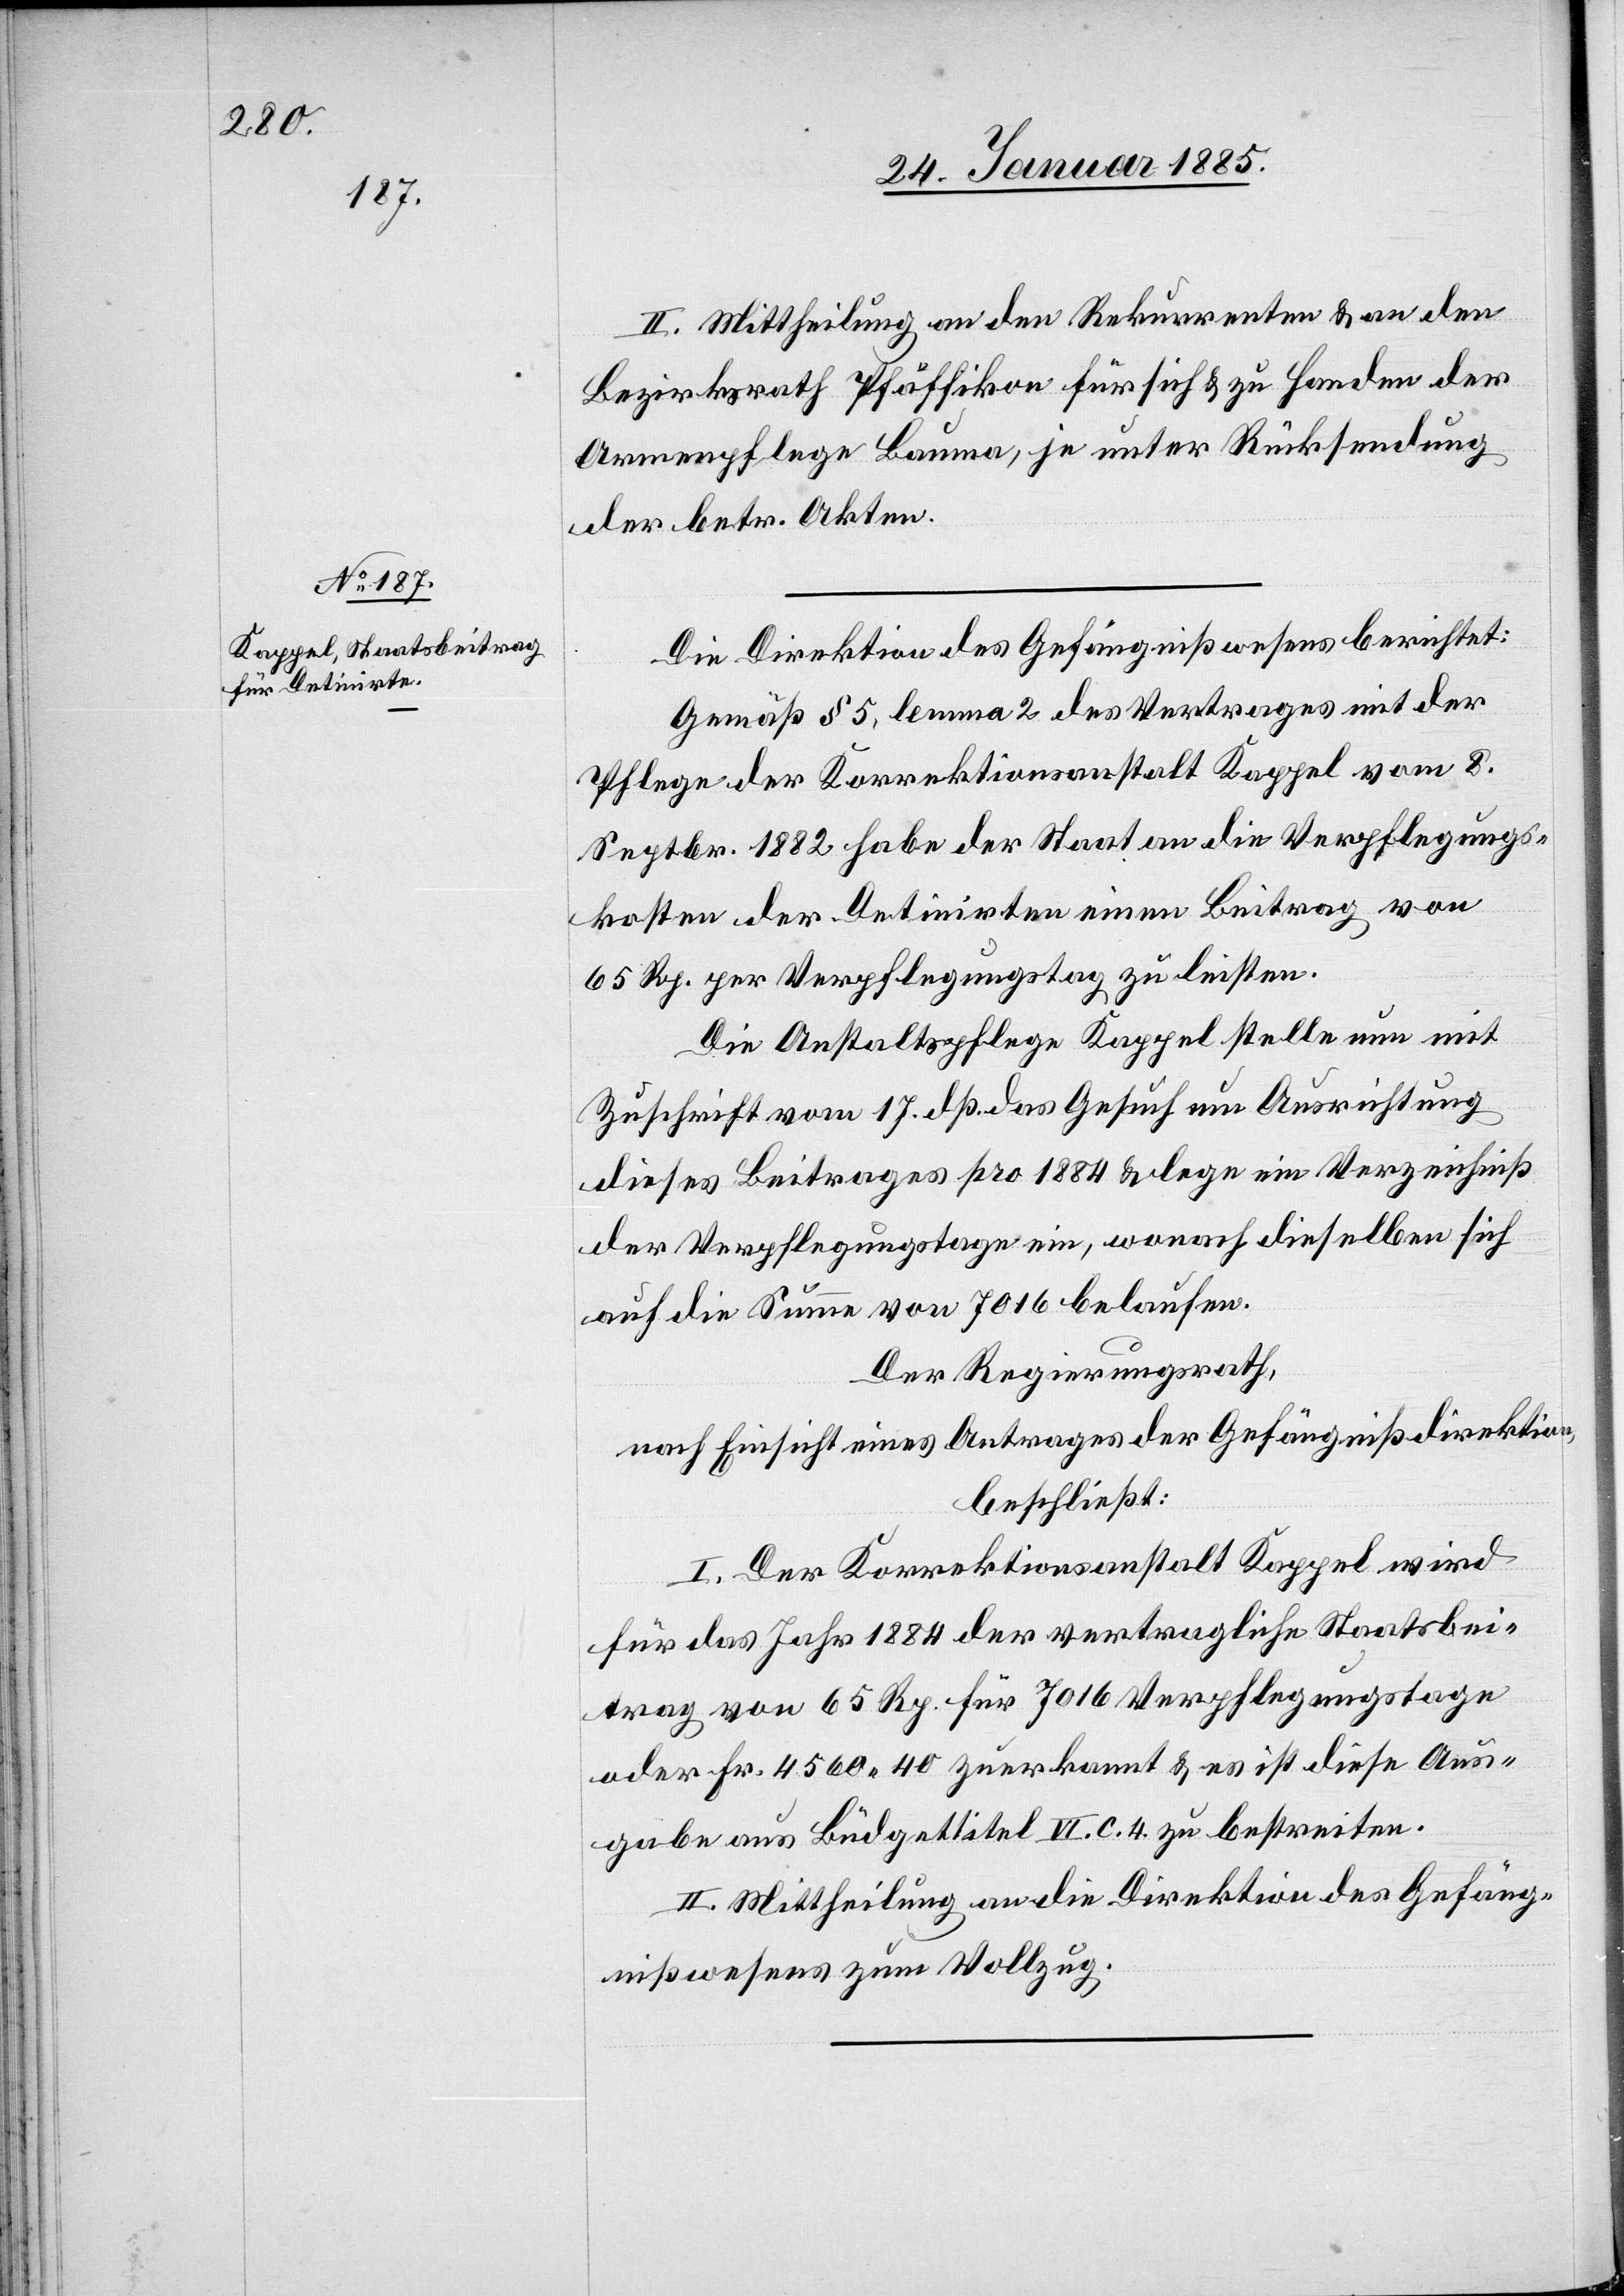
II. Mittheilung an den Rekurrenten & an den
Bezirksrath Pfäffikon für sich & zu Handen der
Armenpflege Bauma, je unter Rücksendung
der betr. Akten.
Die Direktion des Gefängnißwesens berichtet:
Gemäß § 5, lemma 2 des Vertrages mit der
Pflege der Korrektionsanstalt Kappel vom 8.
Septbr. 1882 habe der Staat an die Verpflegungs¬
kosten der Detinirten einen Beitrag von
65 Rp. per Verpflegungstag zu leisten.
Die Anstaltspflege Kappel stellte nun mit
Zuschrift vom 17. dß. das Gesuch um Ausrichtung
dieses Beitrags pro 1884 & lege ein Verzeichniß
der Verpflegungstage ein, wonach dieselbe sich
auf die Summe von 7016 belaufen.
Der Regierungsrath,
nach Einsicht eines Antrages der Gefängnißdirektion,
beschließt:
I. Der Korrektionsanstalt Kappel wird
für das Jahr 1884 der vertragliche Staatsbei¬
trag von 65 Rp. für 7016 Verpflegungstage
oder Fr. 4560 40 zuerkannt & es ist dieser Aus¬
gabe aus dem Büdgettitel VI. C. 4 zu bestreiten.
II. Mittheilung an die Direktion des Gefäng¬
nißwesens zum Vollzug.